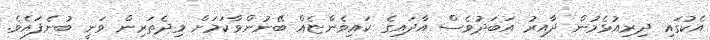
އެކުގައި ދިރިއުޅެމުން ދާއިރު އަބަދުވެސް އާދައިގެ ކައިވެންޏެއް ބޭނުންވާކަމަށް މިދެތަރިން ވަނީ ބުނެފައެވެ.